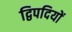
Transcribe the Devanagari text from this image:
द्विपदियों